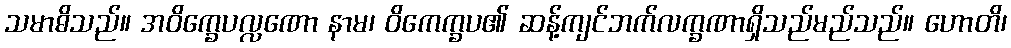
သမာဓိသည်။ အဝိက္ခေပလ္လဏော နာမ၊ ဝိကေက္ခပ၏ ဆန့်ကျင်ဘက်လက္ခဏာရှိသည်မည်သည်။ ဟောတိ၊